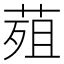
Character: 𮏭